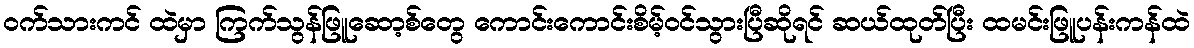
ဝက်သားကင် ထဲမှာ ကြက်သွန်ဖြူဆော့စ်တွေ ကောင်းကောင်းစိမ့်ဝင်သွားပြီဆိုရင် ဆယ်ထုတ်ပြီး ထမင်းဖြူပန်းကန်ထဲ